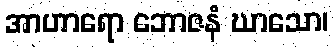
အာဟာရော ဘောဇနံ ဃာသော၊